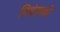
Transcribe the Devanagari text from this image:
नियंताकों